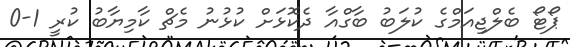
ޕޯޓޯ ބެލްޖިއަމްގެ ކުލަބު ބާގްއާ ދެކޮޅަށް ކުޅުނު މެޗް ކާމިޔާބު ކުރީ 1-0